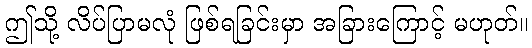
ဤသို့ လိပ်ပြာမလုံ ဖြစ်ရခြင်းမှာ အခြားကြောင့် မဟုတ်။